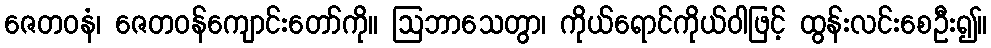
ဇေတဝနံ၊ ဇေတဝန်ကျောင်းတော်ကို။ ဩဘာသေတွာ၊ ကိုယ်ရောင်ကိုယ်ဝါဖြင့် ထွန်းလင်းစေဦး၍။